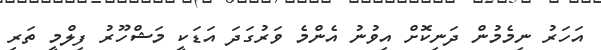
އަހަރު ނިމެމުން ދަނިކޮށް އިވުނު އެންމެ ވަރުގަދަ އަޑަކީ މަޝްހޫރު ފިލްމީ ތަރި